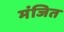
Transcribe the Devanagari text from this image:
मंजित